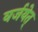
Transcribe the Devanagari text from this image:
वर्जयेत्